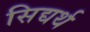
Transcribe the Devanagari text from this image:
सिद्यर्थ